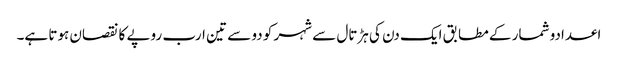
اعدادو شمار کے مطابق ایک دن کی ہڑتال سے شہر کو دو سے تین ارب روپے کا نقصان ہوتا ہے۔